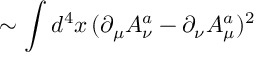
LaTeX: \sim \int d ^ { 4 } x \, ( \partial _ { \mu } A _ { \nu } ^ { a } - \partial _ { \nu } A _ { \mu } ^ { a } ) ^ { 2 }